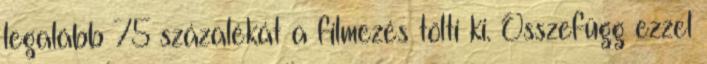
legalább 75 százalékát a filmezés tölti ki. Összefügg ezzel